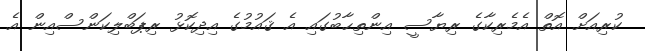
ކުރިއަށް އޮތް އެމެރިކާގެ ރިޔާސީ އިންތިޙާބުގައި އެ ޤައުމުގެ އިދިކޮޅު ރިޕަބްލިކަންސްއިން އެ